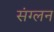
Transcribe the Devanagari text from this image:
संग्लन